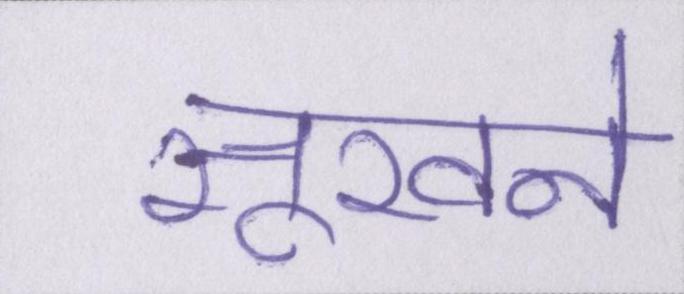
सूखने